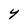
Character: Y